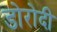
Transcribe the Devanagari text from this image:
डोरोदी